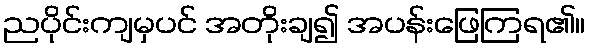
ညပိုင်းကျမှပင် အတိုးချ၍ အပန်းဖြေကြရ၏။